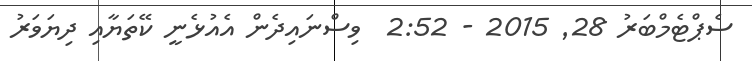
ސެޕްޓެމްބަރު 28